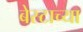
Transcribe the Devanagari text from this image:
बेस्टाच्या